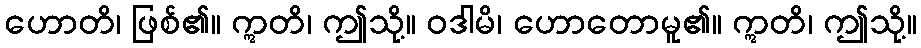
ဟောတိ၊ ဖြစ်၏။ ဣတိ၊ ဤသို့။ ဝဒါမိ၊ ဟောတောမူ၏။ ဣတိ၊ ဤသို့။